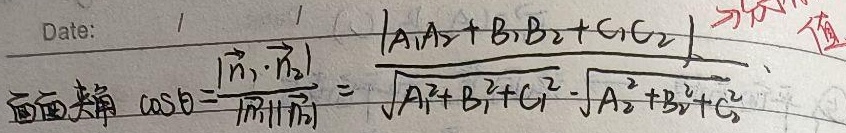
面面夹角 \(\cos\theta=\frac{|\overrightarrow{n_1}\cdot\overrightarrow{n_2}|}{|\overrightarrow{n_1}||\overrightarrow{n_2}|}=\frac{|A_1A_2 + B_1B_2 + C_1C_2|}{\sqrt{A_1^{2}+B_1^{2}+C_1^{2}}\cdot\sqrt{A_2^{2}+B_2^{2}+C_2^{2}}}\)